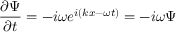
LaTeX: { \frac { \partial \Psi } { \partial t } } = - i \omega e ^ { i ( k x - \omega t ) } = - i \omega \Psi \,